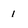
Character: i